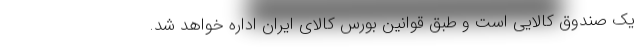
یک صندوق کالایی است و طبق قوانین بورس کالای ایران اداره خواهد شد.